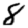
Digit: 8